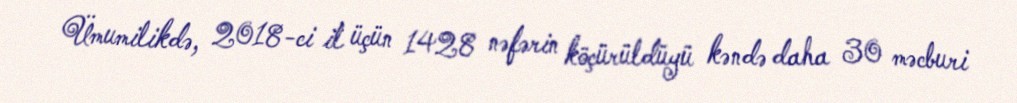
Ümumilikdə, 2018-ci il üçün 1428 nəfərin köçürüldüyü kəndə daha 30 məcburi